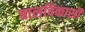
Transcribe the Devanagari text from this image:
बालविकासी